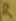
Text: R